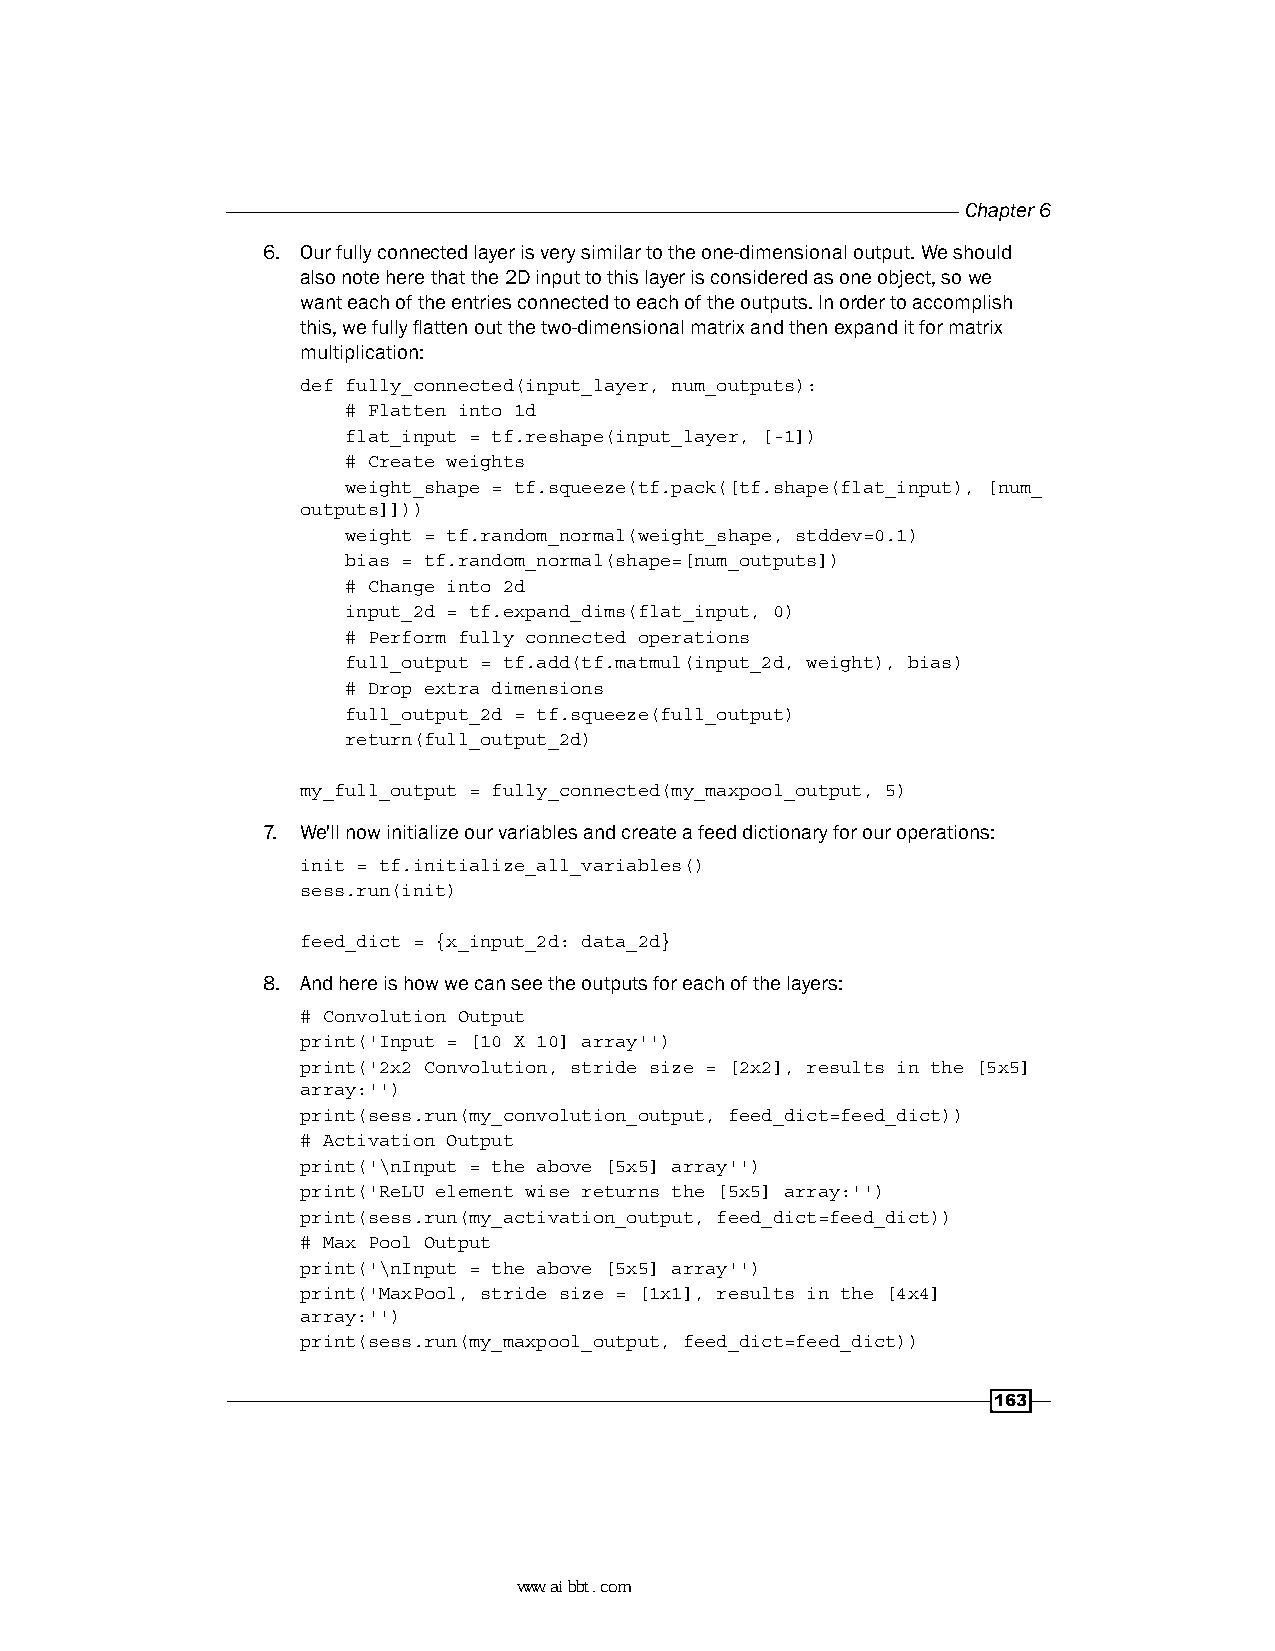
Chapter 6
 6. Our fully connected layer is very similar to the one-dimensional output. We should
 also note here that the 2D input to this layer is considered as one object, so we
 want each of the entries connected to each of the outputs. In order to accomplish
 this, we fully flatten out the two-dimensional matrix and then expand it for matrix
 multiplication:
 def fully_connected(input_layer, num_outputs):
 # Flatten into 1d
 flat_input = tf.reshape(input_layer, [-1])
 # Create weights
 weight_shape = tf.squeeze(tf.pack([tf.shape(flat_input), [num_
 outputs]]))
 weight = tf.random_normal(weight_shape, stddev=0.1)
 bias = tf.random_normal(shape=[num_outputs])
 # Change into 2d
 input_2d = tf.expand_dims(flat_input, 0)
 # Perform fully connected operations
 full_output = tf.add(tf.matmul(input_2d, weight), bias)
 # Drop extra dimensions
 full_output_2d = tf.squeeze(full_output)
 return(full_output_2d)
 my_full_output = fully_connected(my_maxpool_output, 5)
 7. We'll now initialize our variables and create a feed dictionary for our operations:
 init = tf.initialize_all_variables()
 sess.run(init)
 feed_dict = {x_input_2d: data_2d}
 8. And here is how we can see the outputs for each of the layers:
 # Convolution Output
 print('Input = [10 X 10] array'')
 print('2x2 Convolution, stride size = [2x2], results in the [5x5]
 array:'')
 print(sess.run(my_convolution_output, feed_dict=feed_dict))
 # Activation Output
 print('\nInput = the above [5x5] array'')
 print('ReLU element wise returns the [5x5] array:'')
 print(sess.run(my_activation_output, feed_dict=feed_dict))
 # Max Pool Output
 print('\nInput = the above [5x5] array'')
 print('MaxPool, stride size = [1x1], results in the [4x4]
 array:'')
 print(sess.run(my_maxpool_output, feed_dict=feed_dict))
 163
 www.aibbt.com 让未来触手可及